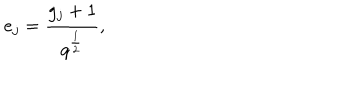
e _ { j } = \frac { g _ { j } + 1 } { q ^ { \frac { 1 } { 2 } } } ,